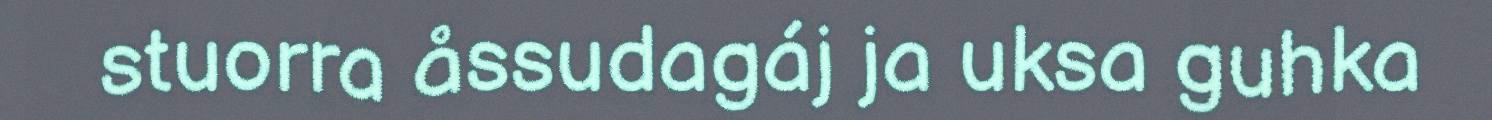
stuorra åssudagáj ja uksa guhka